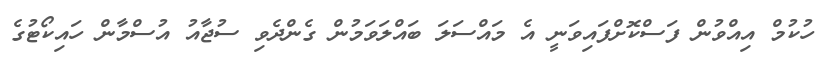
ހުކުމް އިއްވުން ފަސްކޮށްފައިވަނީ އެ މައްސަލަ ބައްލަވަމުން ގެންދެވި ސުޖާއު އުސްމާން ހައިކޯޓުގެ